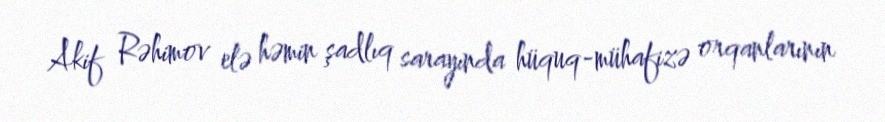
Akif Rəhimov elə həmin şadlıq sarayında hüquq-mühafizə orqanlarının